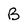
Character: B